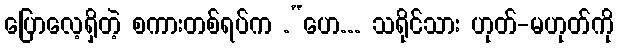
ပြောလေ့ရှိတဲ့ စကားတစ်ရပ်က .“ဟေ... သရိုင်သား ဟုတ်-မဟုတ်ကို